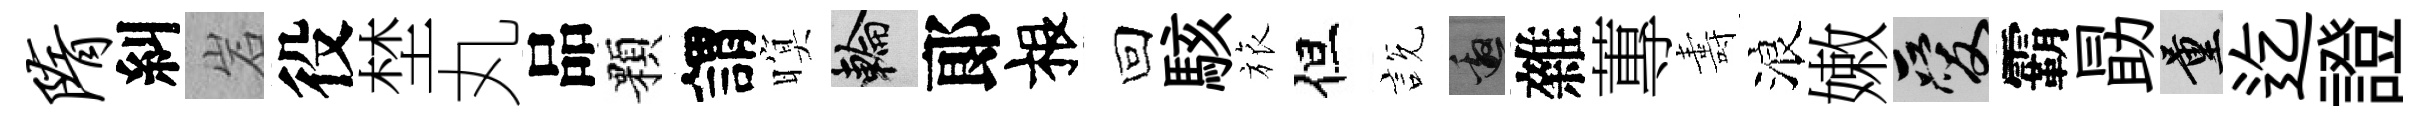
隋糾岩役埜丸品顆謂暝輪郞根回駭旅但説邀雜蓴夀浪嫩爱霸勗量迄證